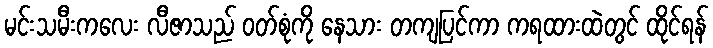
မင်းသမီးကလေး လီဇာသည် ဝတ်စုံကို နေသား တကျပြင်ကာ ကရထားထဲတွင် ထိုင်ရန်